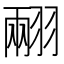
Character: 𦑅